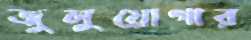
জুলুয়োগার